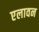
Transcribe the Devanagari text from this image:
एलावन